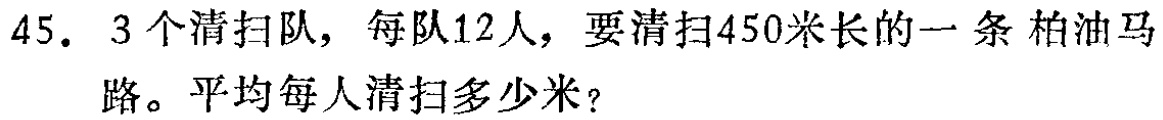
45. 3个清扫队，每队12人，要清扫450米长的一条 柏油马路。平均每人清扫多少米？